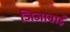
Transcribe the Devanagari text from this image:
जिजाबाईं